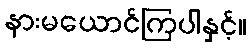
နားမယောင်ကြပါနှင့်။